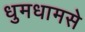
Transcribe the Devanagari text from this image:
धुमधामसे